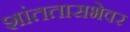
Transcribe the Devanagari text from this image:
शांततासभेवर